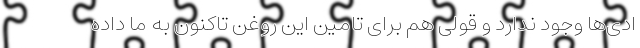
ادی‌ها وجود ندارد و قولی هم برای تامین این روغن تاکنون به ما داده